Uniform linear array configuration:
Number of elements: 16
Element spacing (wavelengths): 0.5
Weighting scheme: blackman
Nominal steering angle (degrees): -60
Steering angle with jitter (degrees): -59.881
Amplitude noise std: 0.05
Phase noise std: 0.05

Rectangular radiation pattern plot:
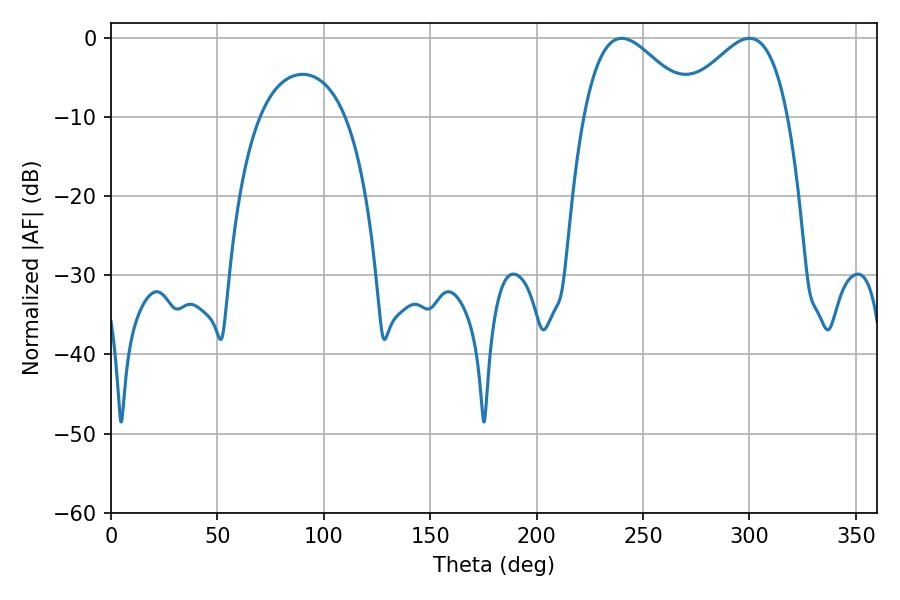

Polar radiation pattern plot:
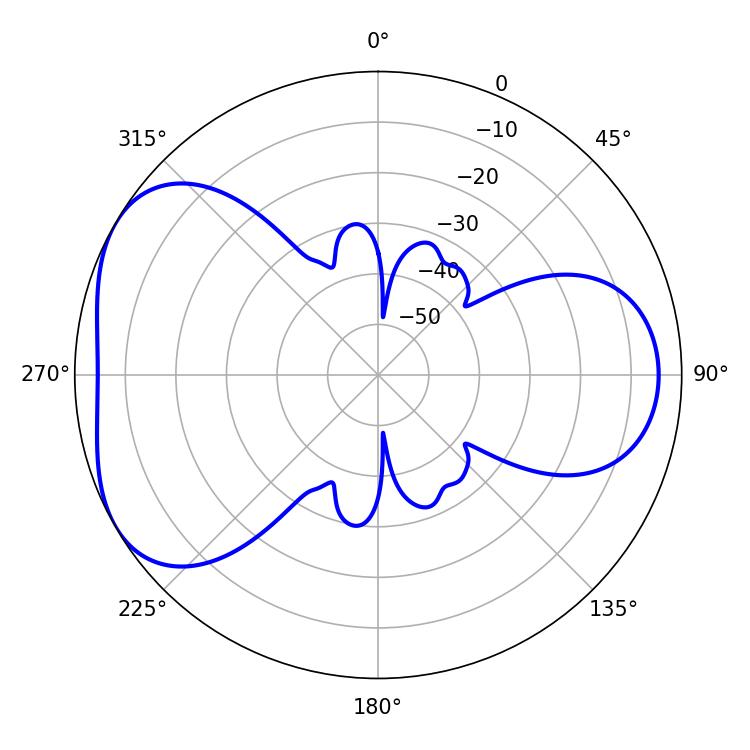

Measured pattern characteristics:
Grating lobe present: FALSE
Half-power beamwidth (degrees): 27.9
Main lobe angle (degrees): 239.94